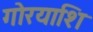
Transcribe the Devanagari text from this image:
गोरयाशि